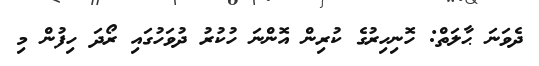
ދެވަނަ ޙާލަތް: ހޮނިހިރުގެ ކުރިން އޮންނަ ހުކުރު ދުވަހުގައި ރޯދަ ހިފުން މި